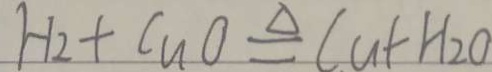
H _ { 2 } + C u O \xlongequal { \Delta } C u + H _ { 2 } O